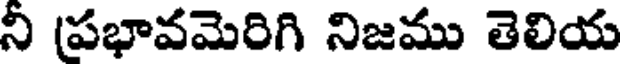
ని ప్రభావమెరిగి నిజము తెలియ